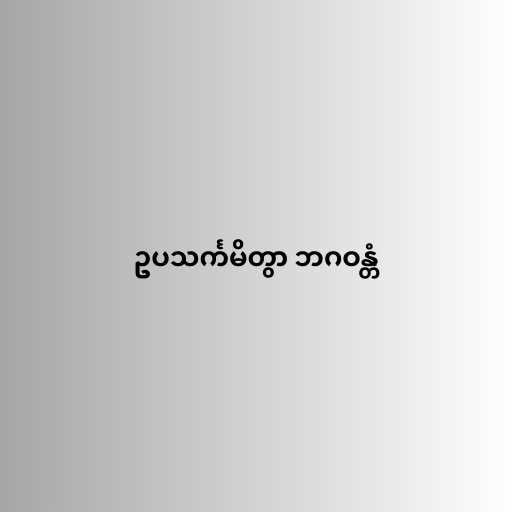
ဥပသင်္ကမိတွာ ဘဂဝန္တံ